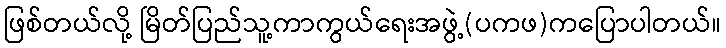
ဖြစ်တယ်လို့ မြိတ်ပြည်သူ့ကာကွယ်ရေးအဖွဲ့(ပကဖ)ကပြောပါတယ်။